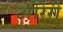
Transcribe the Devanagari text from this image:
ओरेरी